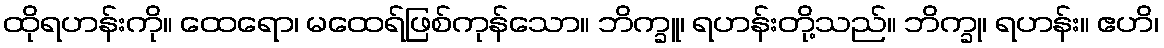
ထိုရဟန်းကို။ ထေရော၊ မထေရ်ဖြစ်ကုန်သော။ ဘိက္ခူ၊ ရဟန်းတို့သည်။ ဘိက္ခု၊ ရဟန်း။ ဧဟိ၊